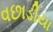
વછાડીયા